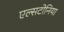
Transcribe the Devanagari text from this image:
एल्सटोनिया